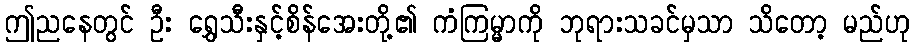
ဤညနေတွင် ဦး ရွှေသီးနှင့်စိန်အေးတို့၏ ကံကြမ္မာကို ဘုရားသခင်မှသာ သိတော့ မည်ဟု